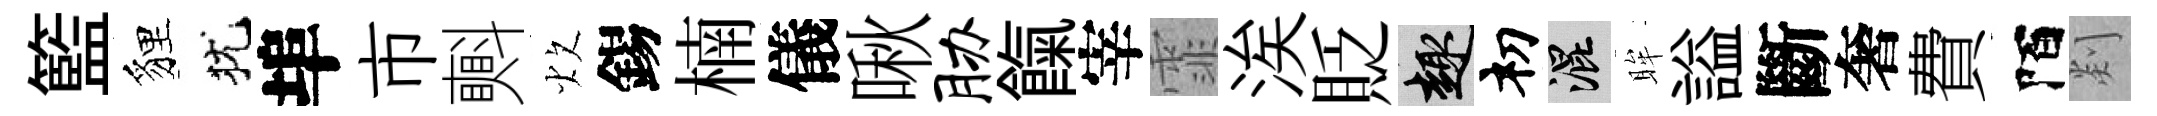
籃貍犹埠市㪺炊錫楠儀啾胁餼宰霏涘貶趣𥘉混眸謚斷奢費陌剡